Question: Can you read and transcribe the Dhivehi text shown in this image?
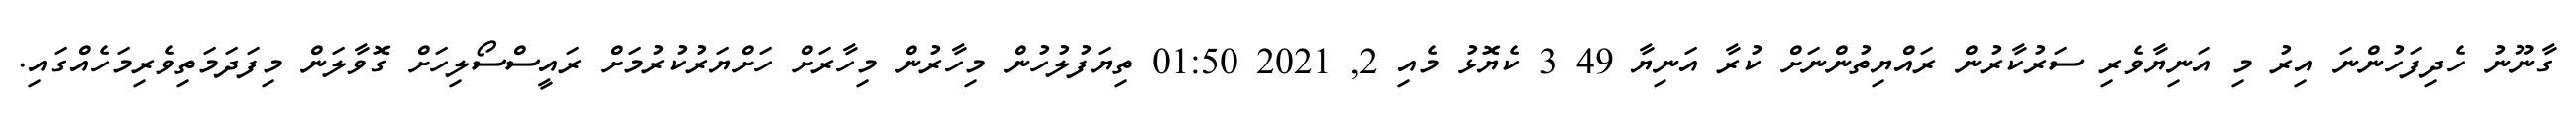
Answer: ގާނޫނު ހެދިފަހުންނަ އިރު މި އަނިޔާވެރި ސަރުކާރުން ރައްޔިތުންނަށް ކުރާ އަނިޔާ 49 3 ކެޔޮޅު މެއި 2, 2021 01:50 ތިޔަފުލުހުން މިހާރުން މިހާރަށް ހަށްޔަރުކުރުމަށް ރައީސްސޯލިހަށް ގޮވާލަން މިފަދަމަތިވެރިމަހެއްގައި.